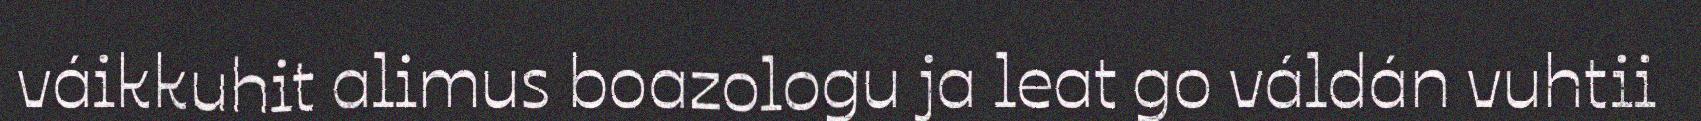
váikkuhit alimus boazologu ja leat go váldán vuhtii